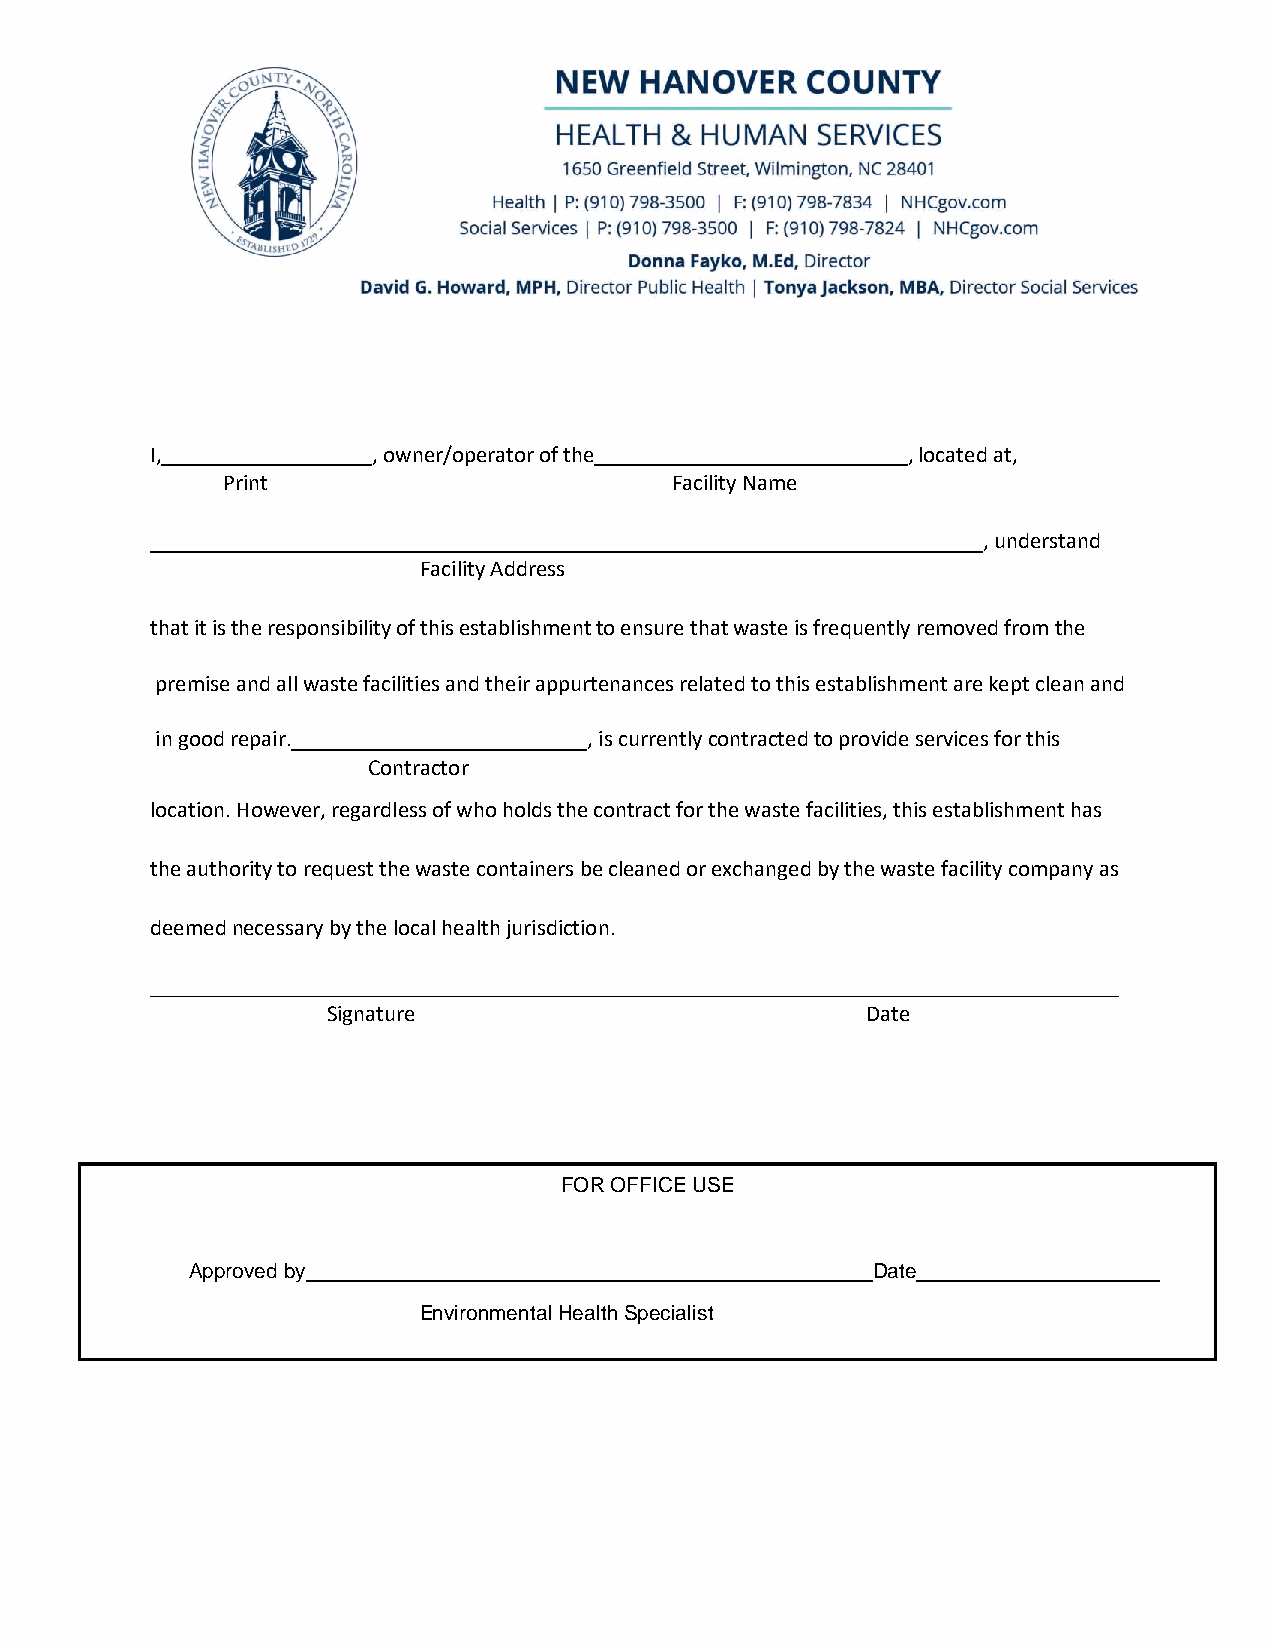
I,             , owner/operator of the            , located at,
 Print                        Facility Name
 , understand
 Facility Address
 that it is the responsibility of this establishment to ensure that waste is frequently removed from the
 premise and all waste facilities and their appurtenances related to this establishment are kept clean and
 in good repair.              , is currently contracted to provide services for this
 Contractor
 location. However, regardless of who holds the contract for the waste facilities, this establishment has
 the authority to request the waste containers be cleaned or exchanged by the waste facility company as
 deemed necessary by the local health jurisdiction.
 Signature                          Date
 FOR OFFICE USE
 Approved by                                   Date
 Environmental Health Specialist